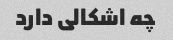
چه اشکالی دارد